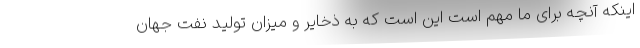
اینکه آنچه برای ما مهم است این است که به ذخایر و میزان تولید نفت جهان